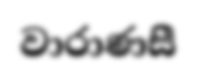
වාරාණසී